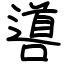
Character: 噵